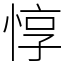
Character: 惇